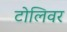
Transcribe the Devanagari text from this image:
टोलिवर